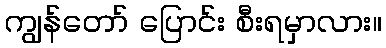
ကျွန်တော် ပြောင်း စီးရမှာလား။